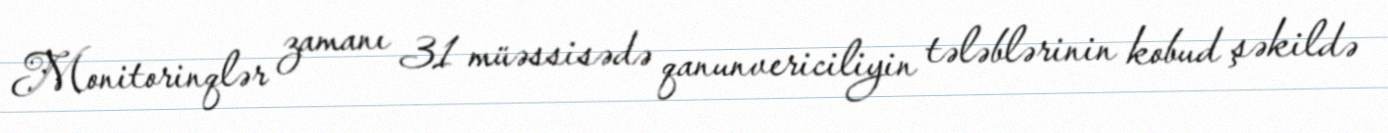
Monitorinqlər zamanı 31 müəssisədə qanunvericiliyin tələblərinin kobud şəkildə